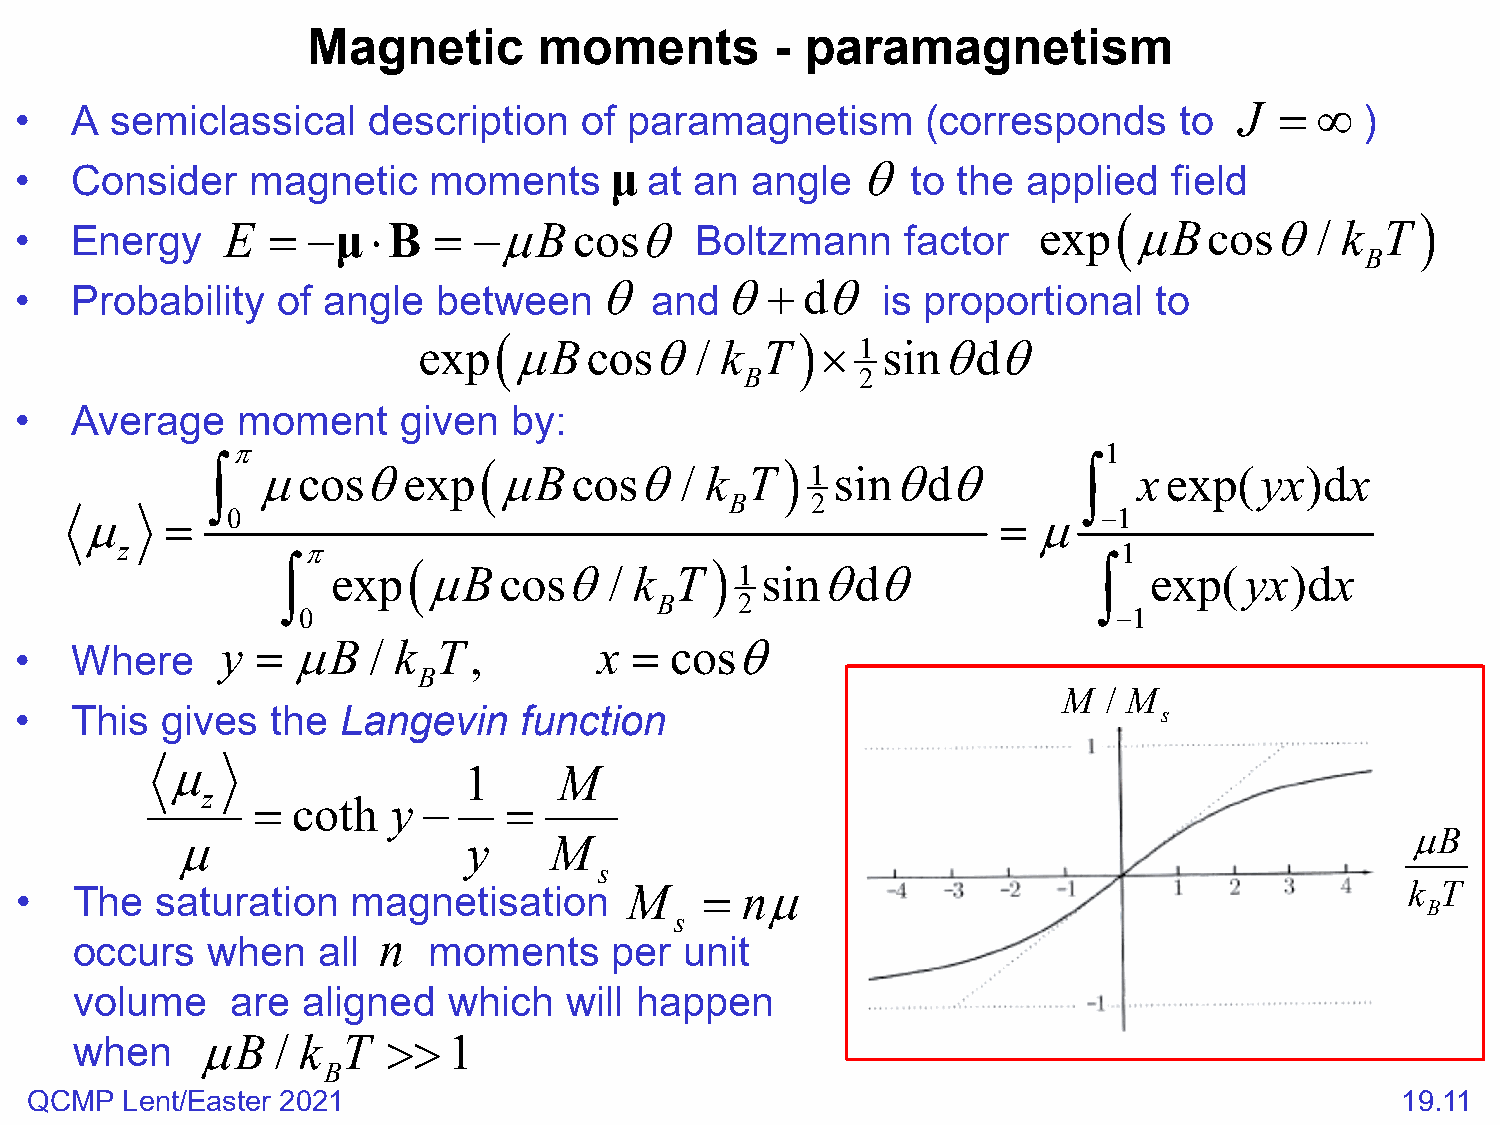
Magnetic        moments        - paramagnetism
 •   A semiclassical    description   of  paramagnetism      (corresponds     to  J  = ∞  )
 •   Consider    magnetic   moments     μ  at an  angle  θ  to the  applied   field
 (                   )
 •   Energy    E  = − μ  ⋅ B = − µ B  c o s θ Boltzmann     factor   exp   µBcosθ/       k  T
 B
 θ       θ+   dθ
 •   Probability  of angle   between       and            is proportional   to
 (                   )
 exp   µBcosθ/       k T   ×  1 sinθdθ
 B       2
 •   Average    moment    given   by:
 π                                                         1
 (                   )
 ∫  µcosθexp        µBcosθ/       k T    1 sinθdθ          ∫  xexp(yx)dx
 B     2
 µ     =   0                                                  =  µ   −1
 z           π                                                     1
 (                   )
 ∫  exp   µBcosθ/       k  T   1 sinθdθ                ∫  exp(yx)dx
 B    2
 0                                                     −1
 y = µB   / k  T,         x = cosθ
 •   Where
 B
 M  / M
 •   This  gives  the Langevin    function                                   s
 µ
 1     M
 z   = coth   y −     =
 µ                  y    M
 µB
 s
 •   The  saturation   magnetisation      M    = n µ                                         k T
 B
 s
 n
 occurs   when   all    moments     per  unit
 volume    are  aligned   which  will happen
 when    µB   / k  T  >>1
 B
 QCMP  Lent/Easter 2021                                                                     19.11